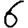
Digit: 6